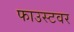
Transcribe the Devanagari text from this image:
फाउस्टवर